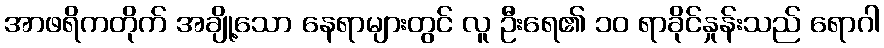
အာဖရိကတိုက် အချို့သော နေရာများတွင် လူ ဦးရေ၏ ၁၀ ရာခိုင်နှုန်းသည် ရောဂါ